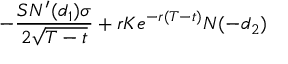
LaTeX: - { \frac { S N ^ { \prime } ( d _ { 1 } ) \sigma } { 2 { \sqrt { T - t } } } } + r K e ^ { - r ( T - t ) } N ( - d _ { 2 } )